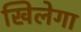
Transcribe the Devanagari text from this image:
खिलेगा